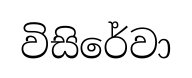
විසිරේවා